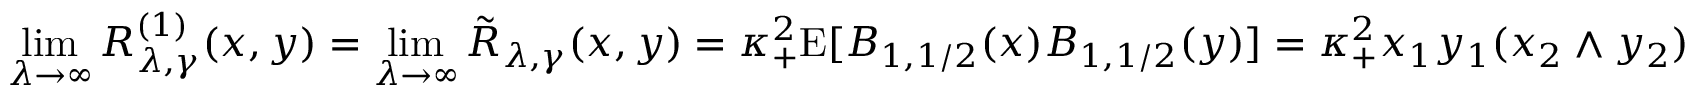
\operatorname* { l i m } _ { \lambda \to \infty } R _ { \lambda , \gamma } ^ { ( 1 ) } ( \boldsymbol { x } , \boldsymbol { y } ) = \operatorname* { l i m } _ { \lambda \to \infty } \tilde { R } _ { \lambda , \gamma } ( \boldsymbol { x } , \boldsymbol { y } ) = \kappa _ { + } ^ { 2 } \mathrm E [ B _ { 1 , 1 / 2 } ( \boldsymbol { x } ) B _ { 1 , 1 / 2 } ( \boldsymbol { y } ) ] = \kappa _ { + } ^ { 2 } x _ { 1 } y _ { 1 } ( x _ { 2 } \wedge y _ { 2 } )